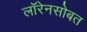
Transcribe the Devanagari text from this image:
लॉरेनसोबत